Vaccination in the Punjab 1919-1929 - 1919-1929
Year: 1919
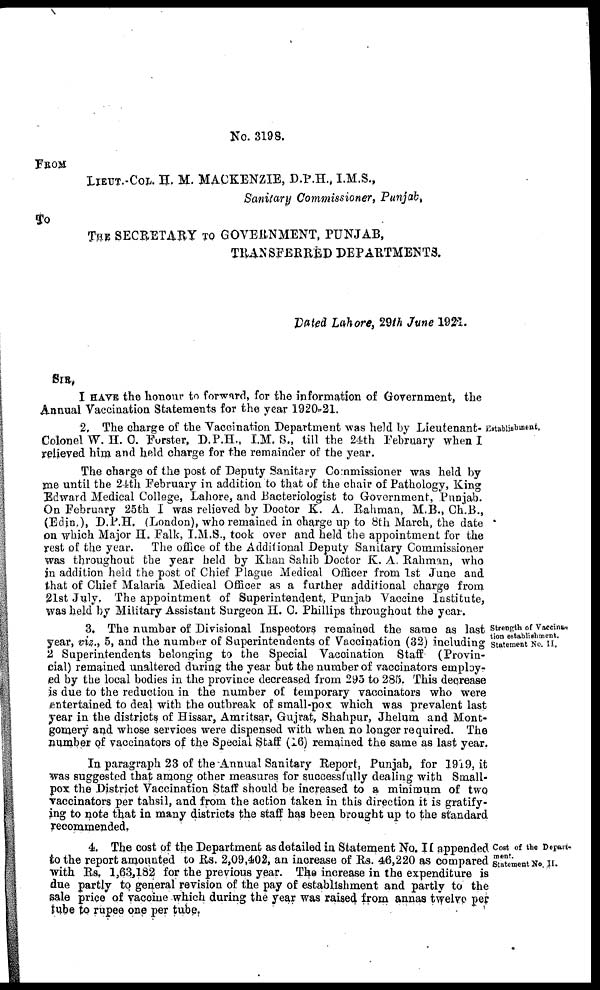
No. 3198.
FROM
LIEUT.-COL. H. M. MACKENZIE, D.P.H., I.M.S.,
Sanitary Commissioner, Punjab,
To
THE SECRETARY TO GOVERNMENT, PUNJAB,
TRANSFERRED DEPARTMENTS.
Dated Lahore, 29th June 1921.
SIR,
I HAVE the honour to forward, for the information of Government, the
Annual Vaccination Statements for the year 1920-21.
Establishment.
2, The charge of the Vaccination Department was held by Lieutenant-
Colonel W. H. C. Forster, D.P.H., I.M.S., till the 24th February when I
relieved him and held charge for the remainder of the year.
The charge of the post of Deputy Sanitary Commissioner was held by
me until the 24th February in addition to that of the chair of Pathology, King
Edward Medical College, Lahore, and Bacteriologist to Government, Punjab.
On February 25th I was relieved by Doctor K. A. Rahman, M.B., Ch.B.,
(Edin,), D.P.H. (London), who remained in charge up to 8th March, the date
on which Major H. Falk, I.M.S., took over and held the appointment for the
rest of the year. The office of the Additional Deputy Sanitary Commissioner
was throughout the year held by Khan Sahib Doctor K. A. Rahman, who
in addition held the post of Chief Plague Medical Officer from 1st June and
that of Chief Malaria Medical Officer as a further additional charge from
21st July. The appointment of Superintendent, Punjab Vaccine Institute,
was held by Military Assistant Surgeon H. C. Phillips throughout the year.
Strength of Vaccina-
tion establishment.
Statement No. II.
3. The number of Divisional Inspectors remained the same as last
year, viz., 5, and the number of Superintendents of Vaccination (32) including
2 Superintendents belonging to the Special Vaccination Staff (Provin-
cial) remained unaltered during the year but the number of vaccinators employ-
ed by the local bodies in the province decreased from 295 to 285. This decrease
is due to the reduction in the number of temporary vaccinators who were
entertained to deal with the outbreak of small-pox which was prevalent last
year in the districts of Hissar, Amritsar, Gujrat, Shahpur, Jhelum and Mont-
gomery and whose services were dispensed with when no longer required. The
number of vaccinators of the Special Staff (16) remained the same as last year.
In paragraph 23 of the Annual Sanitary Report, Punjab, for 1919, it
was suggested that among other measures for successfully dealing with Small-
pox the District Vaccination Staff should be increased to a minimum of two
vaccinators per tahsil, and from the action taken in this direction it is gratify-
ing to note that in many districts the staff has been brought up to the standard
recommended,
Cost of the Depart-
ment.
Statement No. II.
4. The cost of the Department as detailed in Statement No. II appended
to the report amounted to Rs. 2,09,402, an increase of Rs. 46,220 as compared
with Rs. 1,63,182 for the previous year. The increase in the expenditure is
due partly to general revision of the pay of establishment and partly to the
sale price of vaccine which during the year was raised from annas twelve per
tube to rupee one per tube.